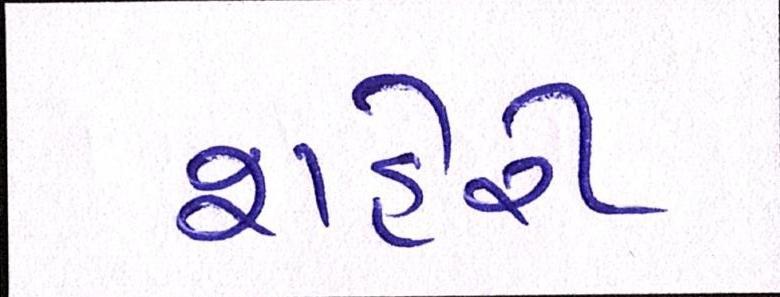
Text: શહેરી